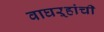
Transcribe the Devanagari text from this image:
वाघऱ्‍हांची